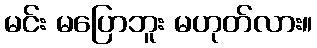
မင်း မပြောဘူး မဟုတ်လား။